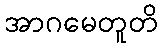
အာဂမေတူတိ